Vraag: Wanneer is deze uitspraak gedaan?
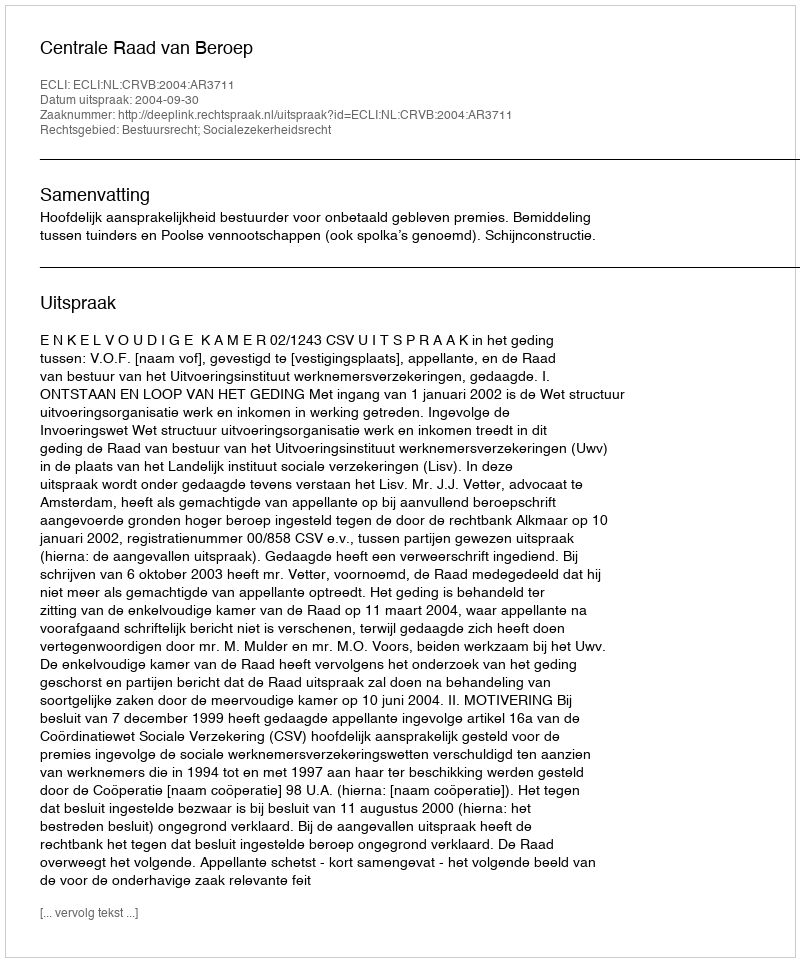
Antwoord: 2004-09-30